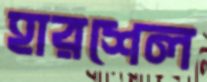
হারশেল